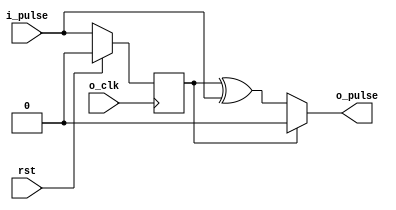
/***************************************************************************************************
 * Module: pulse_sync
 *
 * Description: Synchronizers a pulse from a slow clock domain to a fast clock domain.
 *
 * Test bench: tester_pulse_sync.v
 *
 * Time-stamp: Thu 29 Oct 2009 17:13:13 EDT
 *
 * http://www.sunburst-design.com/papers/CummingsSNUG2008Boston_CDC.pdf (p. 50)
 **************************************************************************************************/
`ifndef _pulse_sync_ `define _pulse_sync_

module pulse_sync
   (input       o_clk,
    input       rst,
    input       i_pulse,
    output wire o_pulse);

    reg q;

    always @(posedge o_clk)
        if (rst)    q <= 0;
        else        q <= i_pulse;

    assign o_pulse = q ? 0 : q ^ i_pulse;

endmodule

`endif //  `ifndef _pulse_sync_